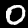
Digit: 0